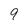
Character: 9